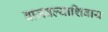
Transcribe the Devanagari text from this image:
वाजवल्याशिवाय